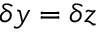
\delta y = \delta z